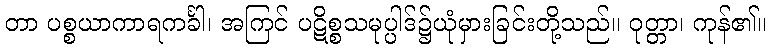
တာ ပစ္စယာကာရကင်္ခါ၊ အကြင် ပဋိစ္စသမုပ္ပါဒ်၌ယုံမှားခြင်းတို့သည်။ ဝုတ္တာ၊ ကုန်၏။